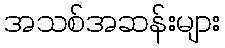
အသစ်အဆန်းများ